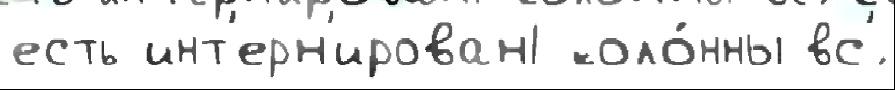
есть инт'ерн'ирован1 коло́нны вс'́